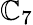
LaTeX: \mathbb{C}_{7}